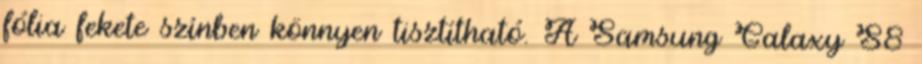
fólia fekete színben könnyen tisztítható. A Samsung Galaxy S8